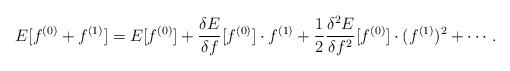
LaTeX: \begin{align*}E [ f^{(0)} + f^{(1)} ] = E [ f^{(0)} ] + \frac{\delta E}{\delta f} [ f^{(0)} ] \cdot f^{(1)} + \frac{1}{2} \frac{\delta^2 E}{\delta f^2} [ f^{(0)} ] \cdot (f^{(1)})^2 + \cdots. \end{align*}